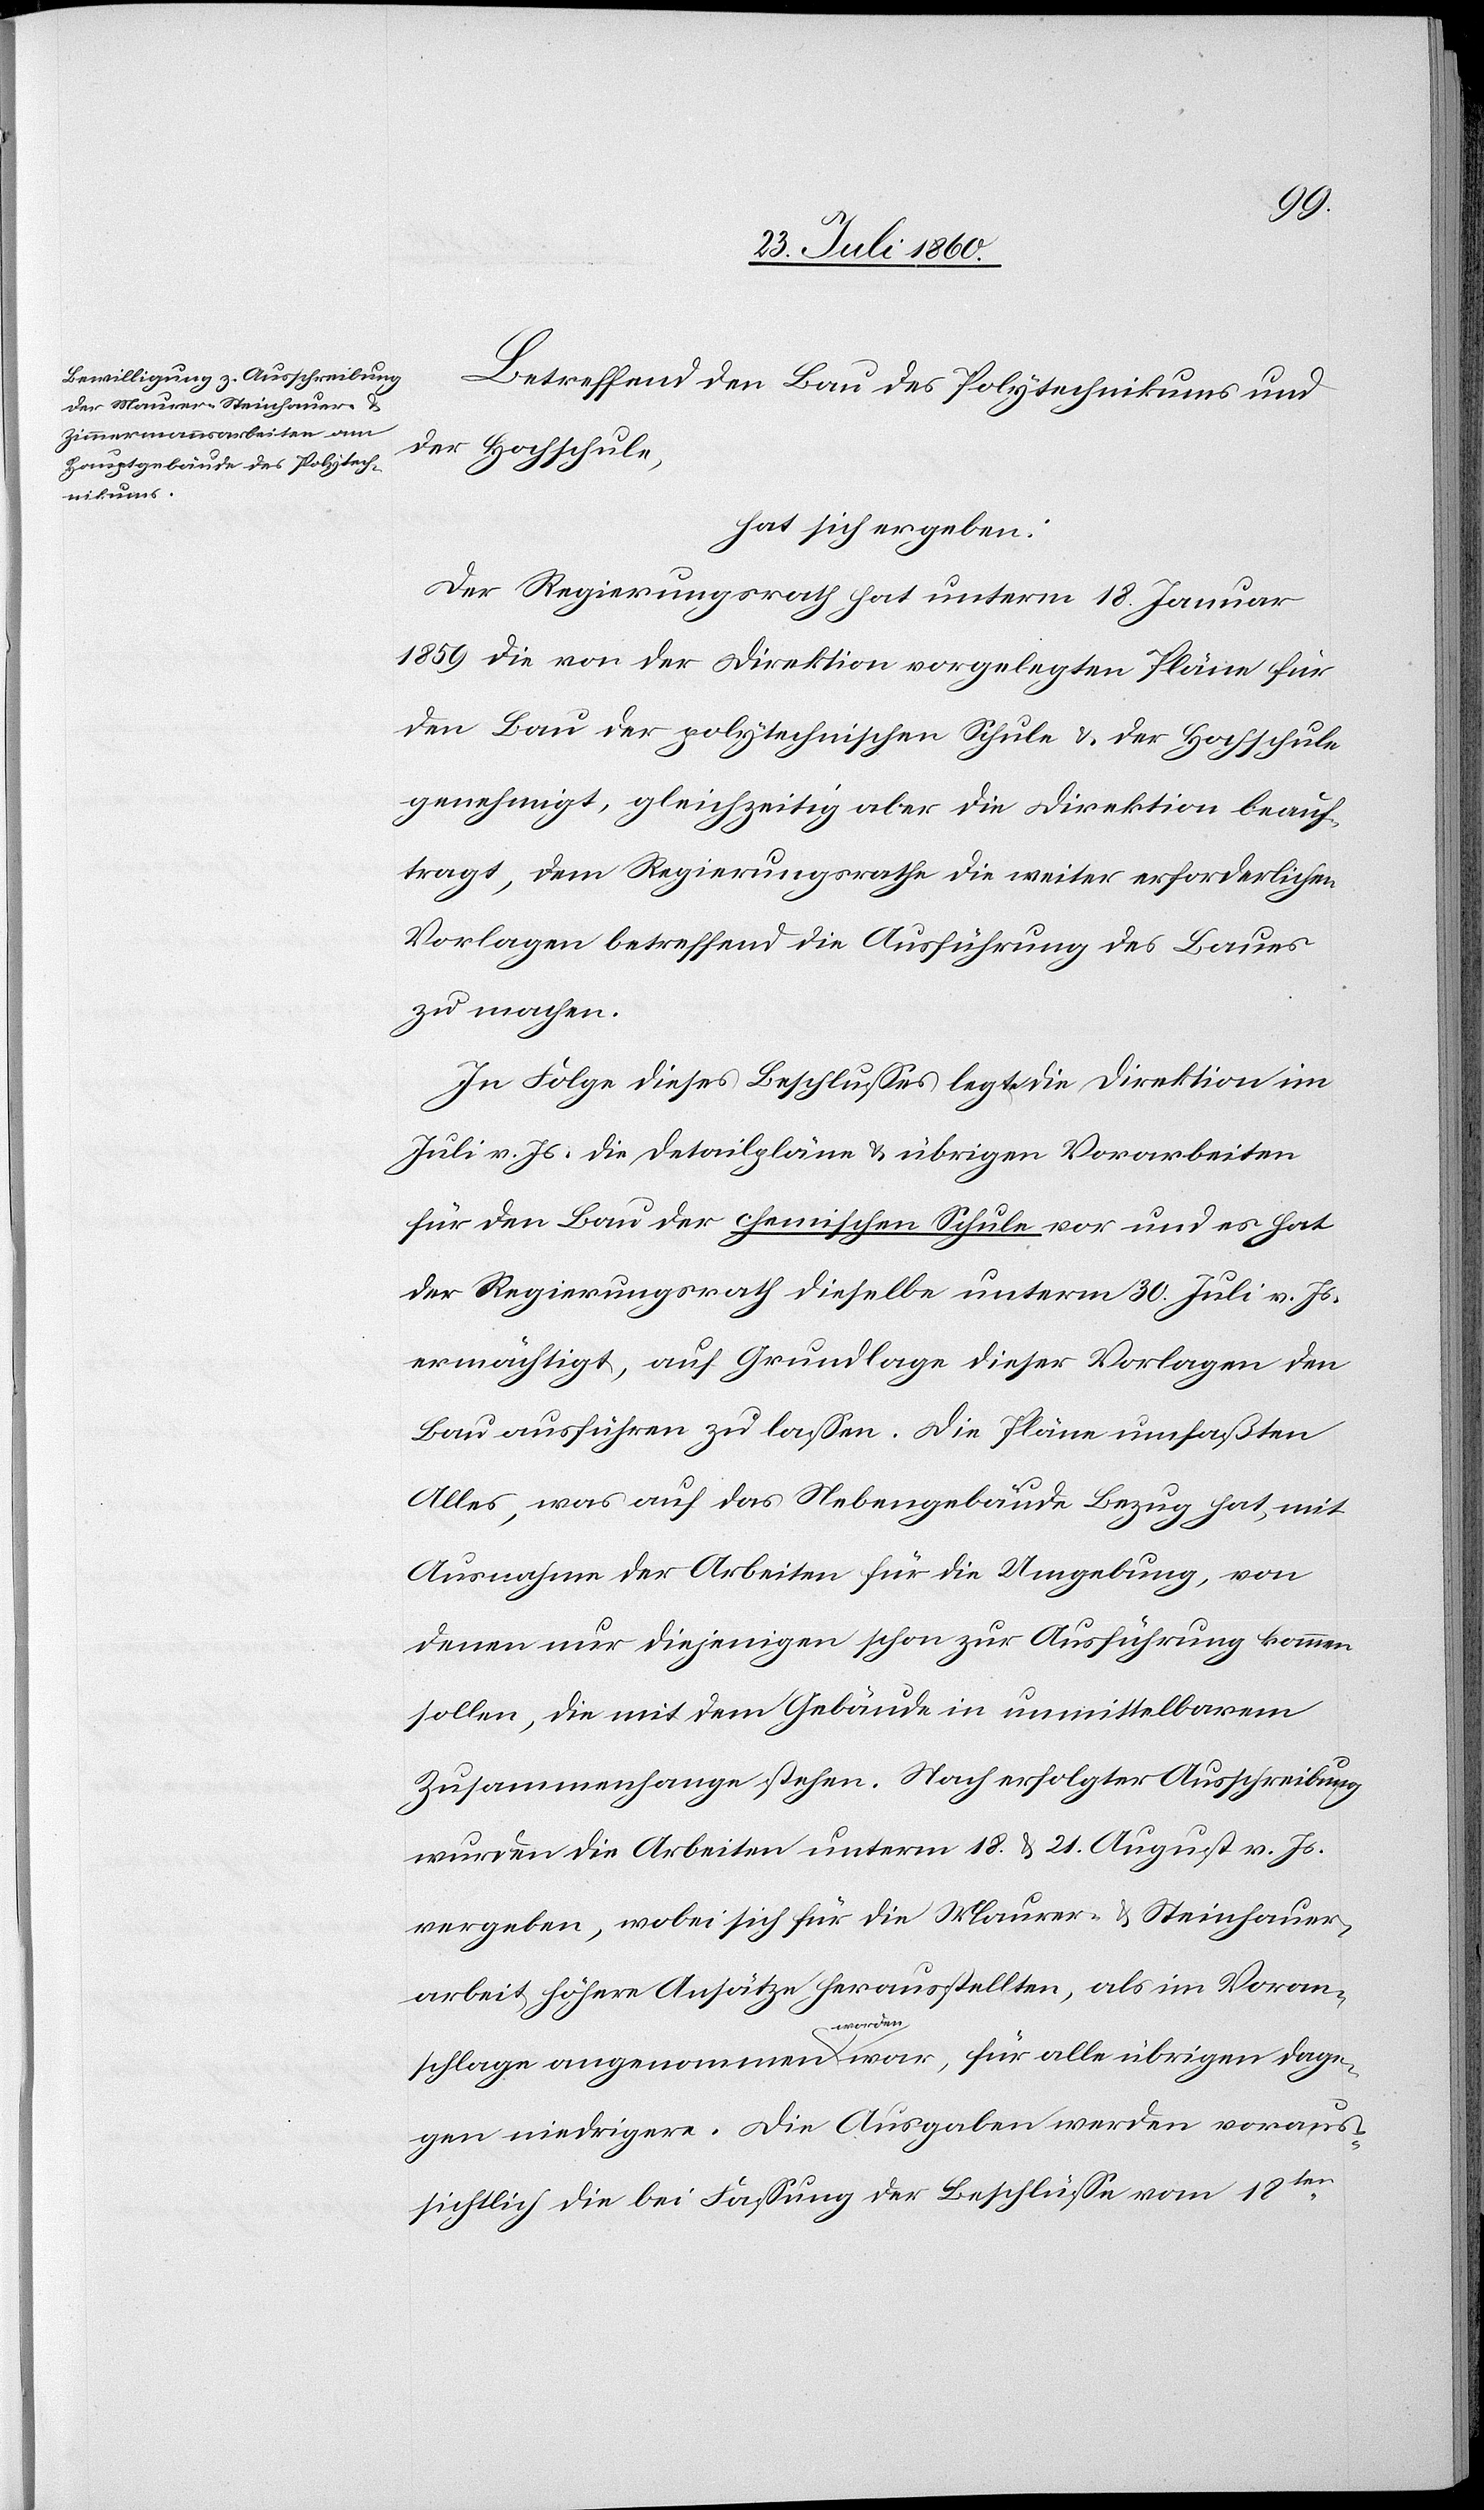
Betreffend den Bau des Polytechnikums und
der Hochschule
hat sich ergeben:
Der Regierungsrath hat unterm 18. Jenner
1859 die von der Direktion vorgelegten Pläne für
den Bau der polytechnischen Schule u. der Hochschule
genehmigt, gleichzeitig aber die Direktion beauf¬
tragt, dem Regierungsrathe die weiter erforderlichen
Vorlagen betreffend die Ausführung des Baues
zu machen.
In Folge dieses Beschlusses legte die Direktion im
Juli v. Js. die Detailpläne u. übrigen Vorarbeiten
für den Bau der chemischen Schule vor und es hat
der Regierungsrath dieselbe unterm 30. Heumonat v. Js.
ermächtigt, auf Grundlage dieser Vorlagen den
Bau ausführen zu lassen. Die Pläne umfaßten
Alles, was auf das Nebengebäude Bezug hat, mit
Ausnahme der Arbeiten für die Umgebung, von
denen nur diejenigen schon zur Ausführung kommen
sollen, die mit dem Gebäude in unmittelbarem
Zusammenhange stehen. Nach erfolgter Ausschreibung
wurden die Arbeiten unterm 18 u. 21. August v. Js.
vergeben, wobei sich für die Maurer- u. Steinhauer¬
arbeit höhere Ansätze herausstellten, als im Voran¬
schlage angenommen worden war, für alle übrigen dage¬
gen niedrigere. Die Ausgaben werden voraus¬
sichtlich die Fassung der Beschlüsse vom 18.